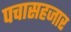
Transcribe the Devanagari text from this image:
पचासहजार